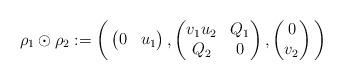
LaTeX: \begin{align*}\rho_1 \odot \rho_2 := \bigg(\begin{pmatrix} 0 & u_1\end{pmatrix}, \begin{pmatrix} v_1u_2 & Q_1\\ Q_2 & 0\end{pmatrix}, \begin{pmatrix} 0\\ v_2 \end{pmatrix}\bigg)\end{align*}